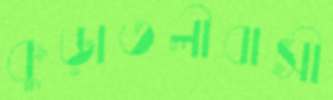
কুড়াতলীবাসী